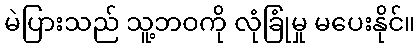
မဲပြားသည် သူ့ဘဝကို လုံခြုံမှု မပေးနိုင်။